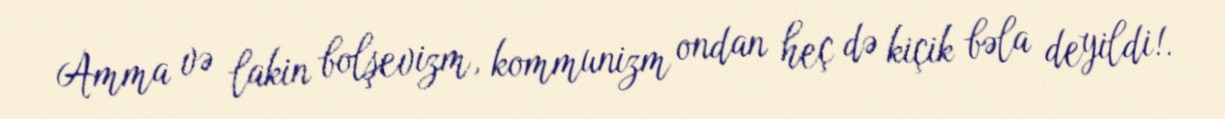
Amma və lakin bolşevizm, kommunizm ondan heç də kiçik bəla deyildi!.